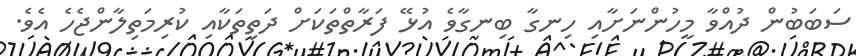
ސަބަބުން ދުއްވާ މީހުންނަށާއި ހިނގާ ބިނގާވެ އުޅޭ ފަރާތްތަކަށް ދަތިތަކާއި ކުރިމަތިލާންޖެހެ އެވެ.